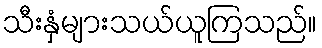
သီးနှံများသယ်ယူကြသည်။